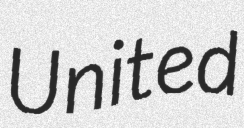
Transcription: United